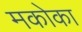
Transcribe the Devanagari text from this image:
मकोका